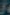
/